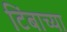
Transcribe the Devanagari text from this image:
टिंबाच्या